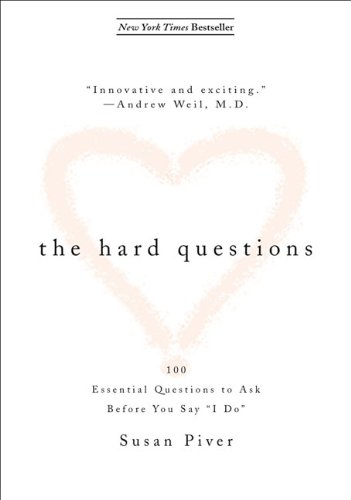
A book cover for The Hard Questions: 100 Questions to Ask Before You Say  "I Do"; Susan Piver; Crafts, Hobbies & Home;